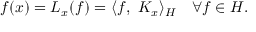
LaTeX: f ( x ) = L _ { x } ( f ) = \langle f , \ K _ { x } \rangle _ { H } \quad \forall f \in H .